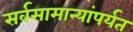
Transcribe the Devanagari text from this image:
सर्वसामान्यांपर्यत